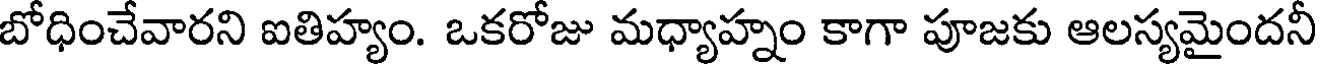
బోధించేవారని ఐతిహ్యం. ఒకరోజు మధ్యాహ్నం కాగా పూజకు ఆలస్యమైందనీ